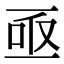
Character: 亟